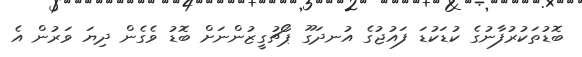
ބޮޑުތަކުރުފާނުގެ ކުޑަކުޑަ ފައުޖުގެ އުނދަގޫ ޕޯޗުގީޒުންނަށް ބޮޑު ވެގެން ދިޔަ ވަރުން އެ